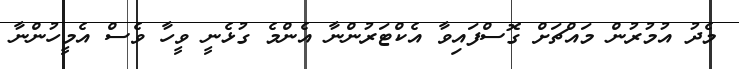
މެދު އުމުރުން މައްޗަށް ގޮސްފައިވާ އެކްޓަރުންނާ އެންމެ ގުޅެނީ ވީހާ ވެސް އެމީހުންނާ